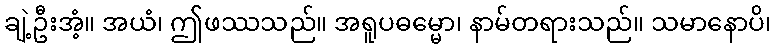
ချဲ့ဦးအံ့။ အယံ၊ ဤဖဿသည်။ အရူပဓမ္မော၊ နာမ်တရားသည်။ သမာနောပိ၊